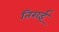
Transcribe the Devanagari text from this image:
तिराई